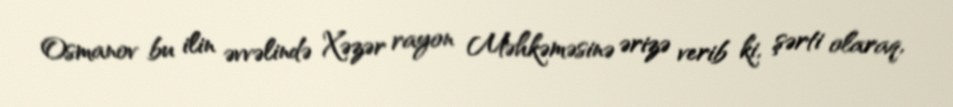
Osmanov bu ilin əvvəlində Xəzər rayon Məhkəməsinə ərizə verib ki, şərti olaraq,